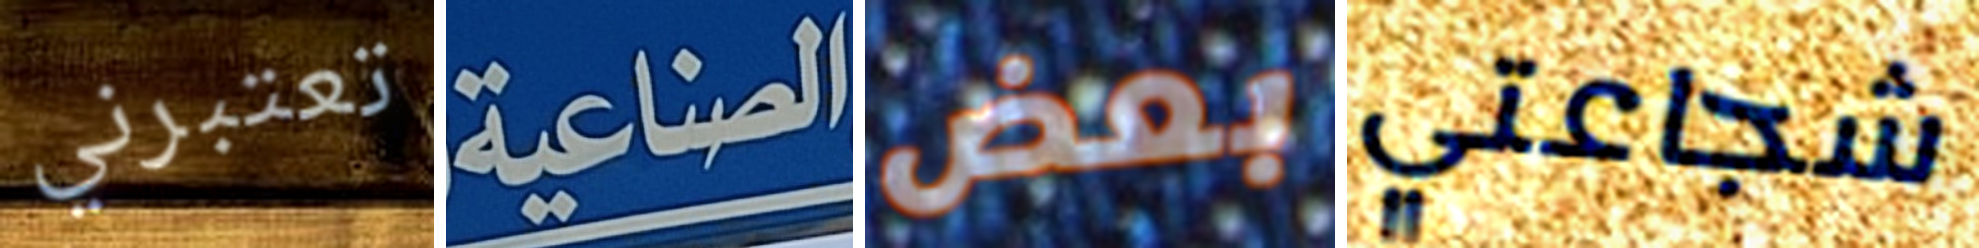
تعتبرني الصناعية بعض شجاعتي